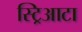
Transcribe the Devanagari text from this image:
स्ट्रिआटा